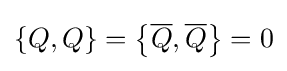
\left\{Q,Q\right\}=\left\{{\overline {Q}},{\overline {Q}}\right\}=0